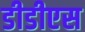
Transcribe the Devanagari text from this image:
डीडीएस